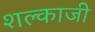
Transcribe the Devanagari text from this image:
शल्काजी